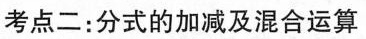
考点二：分式的加减及混合运算